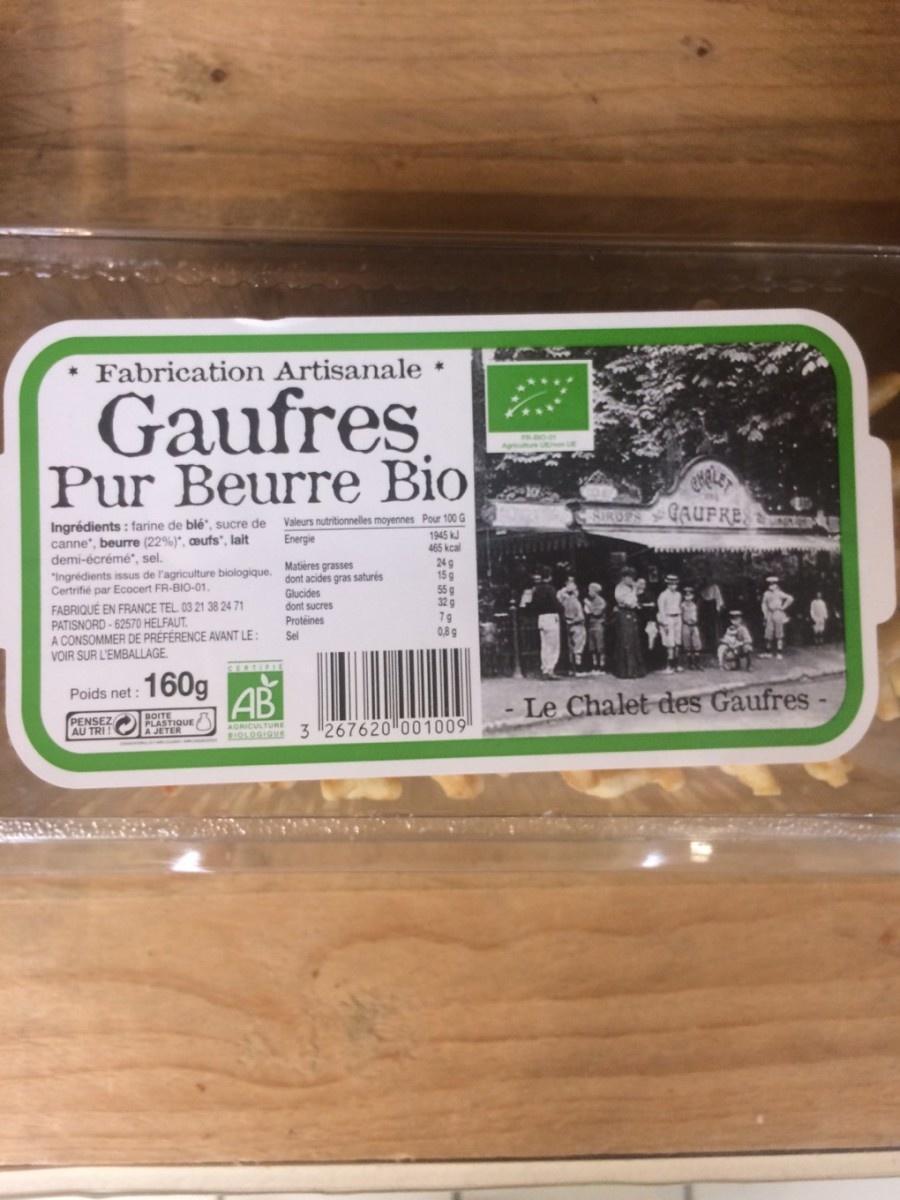
Fabrication Artisanale
Gaufres Pur Beurre Bio
Ingrédients: farine de blé, sucre de canne", beurre (22%)", ceufs, lait
demi-écrémé", sel.
"Ingrédients issus de l'agriculture biologique. dont acides gras saturés Certrifié par Ecocert FR-BIO-01.
FABRIQUÉ EN FRANCE TEL 03 21 38 24 71 PATISNORD-62570 HELFAUT.
A CONSOMMER DE PRÉFÉRENCE AVANT LE : VOIR SUR L'EMBALLAGE
Poids net:
PENSEZ AU TRI
160g
PLASTIQUE/ A JETER
CERTIFIE
AB
AGRICULTURE
*
Valeurs nutritionnelles moyennes Pour 100 G 1945 kJ Energie 465 kcal
Glucides
dont sucres Protéines
Sel
24 g
15 g
55 g
32 g
79
0,8 g
3 267620 001009
SIROPS GAUFRE
Le Chalet des Gaufres -